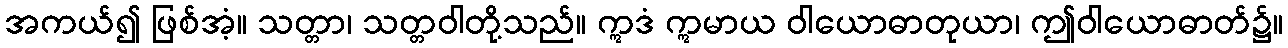
အကယ်၍ ဖြစ်အံ့။ သတ္တာ၊ သတ္တဝါတို့သည်။ ဣဒံ ဣမာယ ဝါယောဓာတုယာ၊ ဤဝါယောဓာတ်၌။